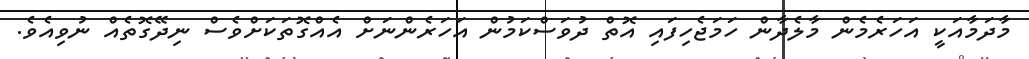
މާދަމާއަކީ އަހަރެމެން މާލެދާން ހަމަޖެހިފައި އޮތް ދުވަސްކަމުން އަހަރެންނަށް އެއްގޮތަކަށްވެސް ނިދޭގޮތެއް ނުވިއެވެ.